Indian journal of veterinary science and animal husbandry - Volumes 24-25, 1954-1955
Year: 1954
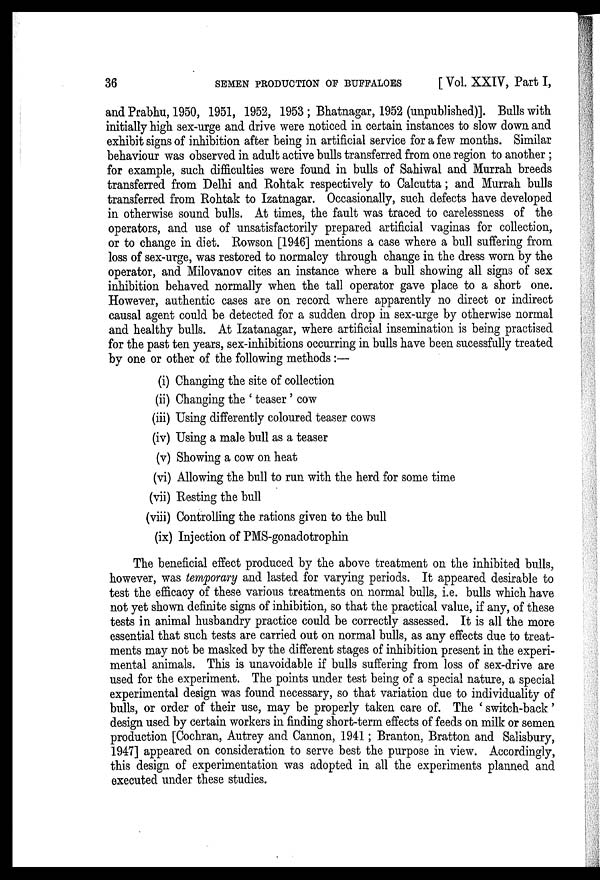
36
SEMEN PRODUCTION OF BUFFALOES
[Vol. XXIV, Part I,
and Prabhu, 1950, 1951, 1952, 1953; Bhatnagar, 1952 (unpublished)]. Bulls with
initially high sex-urge and drive were noticed in certain instances to slow down and
exhibit signs of inhibition after being in artificial service for a few months. Similar
behaviour was observed in adult active bulls transferred from one region to another;
for example, such difficulties were found in bulls of Sahiwal and Murrah breeds
transferred from Delhi and Rohtak respectively to Calcutta; and Murrah bulls
transferred from Rohtak to Izatnagar. Occasionally, such defects have developed
in otherwise sound bulls. At times, the fault was traced to carelessness of the
operators, and use of unsatisfactorily prepared artificial vaginas for collection,
or to change in diet. Rowson [1946] mentions a case where a bull suffering from
loss of sex-urge, was restored to normalcy through change in the dress worn by the
operator, and Milovanov cites an instance where a bull showing all signs of sex
inhibition behaved normally when the tall operator gave place to a short one.
However, authentic cases are on record where apparently no direct or indirect
causal agent could be detected for a sudden drop in sex-urge by otherwise normal
and healthy bulls. At Izatanagar, where artificial insemination is being practised
for the past ten years, sex-inhibitions occurring in bulls have been sucessfully treated
by one or other of the following methods:—
(i) Changing the site of collection
(ii) Changing the 'teaser' cow
(iii) Using differently coloured teaser cows
(iv) Using a male bull as a teaser
(v) Showing a cow on heat
(vi) Allowing the bull to run with the herd for some time
(vii) Resting the bull
(viii) Controlling the rations given to the bull
(ix) Injection of PMS-gonadotrophin
The beneficial effect produced by the above treatment on the inhibited bulls,
however, was temporary and lasted for varying periods. It appeared desirable to
test the efficacy of these various treatments on normal bulls, i.e. bulls which have
not yet shown definite signs of inhibition, so that the practical value, if any, of these
tests in animal husbandry practice could be correctly assessed. It is all the more
essential that such tests are carried out on normal bulls, as any effects due to treat-
ments may not be masked by the different stages of inhibition present in the experi-
mental animals. This is unavoidable if bulls suffering from loss of sex-drive are
used for the experiment. The points under test being of a special nature, a special
experimental design was found necessary, so that variation due to individuality of
bulls, or order of their use, may be properly taken care of. The 'switch-back'
design used by certain workers in finding short-term effects of feeds on milk or semen
production [Cochran, Autrey and Cannon, 1941; Branton, Bratton and Salisbury,
1947] appeared on consideration to serve best the purpose in view. Accordingly,
this design of experimentation was adopted in all the experiments planned and
executed under these studies.